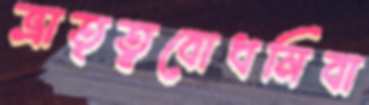
ভ্রাতৃত্ববোধনিবা